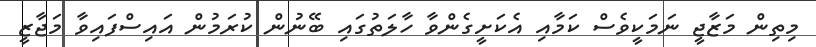
މިތިން މަޒާޖީ ނަމަކީވެސް ކަމާއި އެކަށީގެންވާ ހާލަތުގައި ބޭނުން ކުރަމުން އައިސްފައިވާ މަޖާޒީ